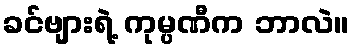
ခင်ဗျားရဲ့ ကုမ္ပဏီက ဘာလဲ။